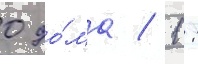
0 до́ма / 1: